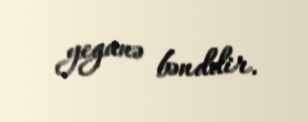
yeganə bənddir.